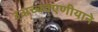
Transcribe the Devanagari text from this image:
उअच्चवएणीयाने